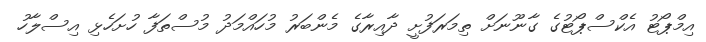
އިމްޕޯޓު އެކްސްޕޯޓުގެ ގާނޫނަށް ތިމަރަފުށީ ދާއިރާގެ މެންބަރު މުހައްމަދު މުސްތަފާ ހުށަހެޅި އިސްލާހު